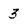
Character: 3